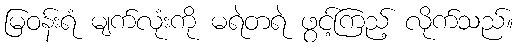
မြဝန်းရံ မျက်လုံးကို မရဲတရဲ ဖွင့်ကြည့် လိုက်သည်။